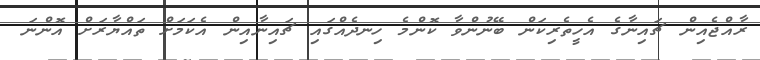
ރާއްޖެއިން ޗައިނާގެ އެހީތެރިކަން ބޭނުންވާ ކޮންމެ ހިނދެއްގައި ޗައިނާއިން އެކަމަށް ތައްޔާރަށް އޮންނަ